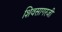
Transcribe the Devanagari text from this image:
शिवसागरजी